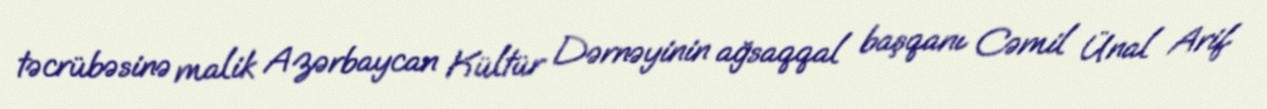
təcrübəsinə malik Azərbaycan Kültür Dərnəyinin ağsaqqal başqanı Cəmil Ünal Arif